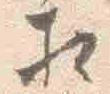
相